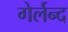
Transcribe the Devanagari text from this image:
गेर्लन्द